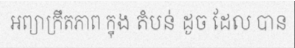
អព្យាក្រឹតភាព ក្នុង តំបន់ ដូច ដែល បាន